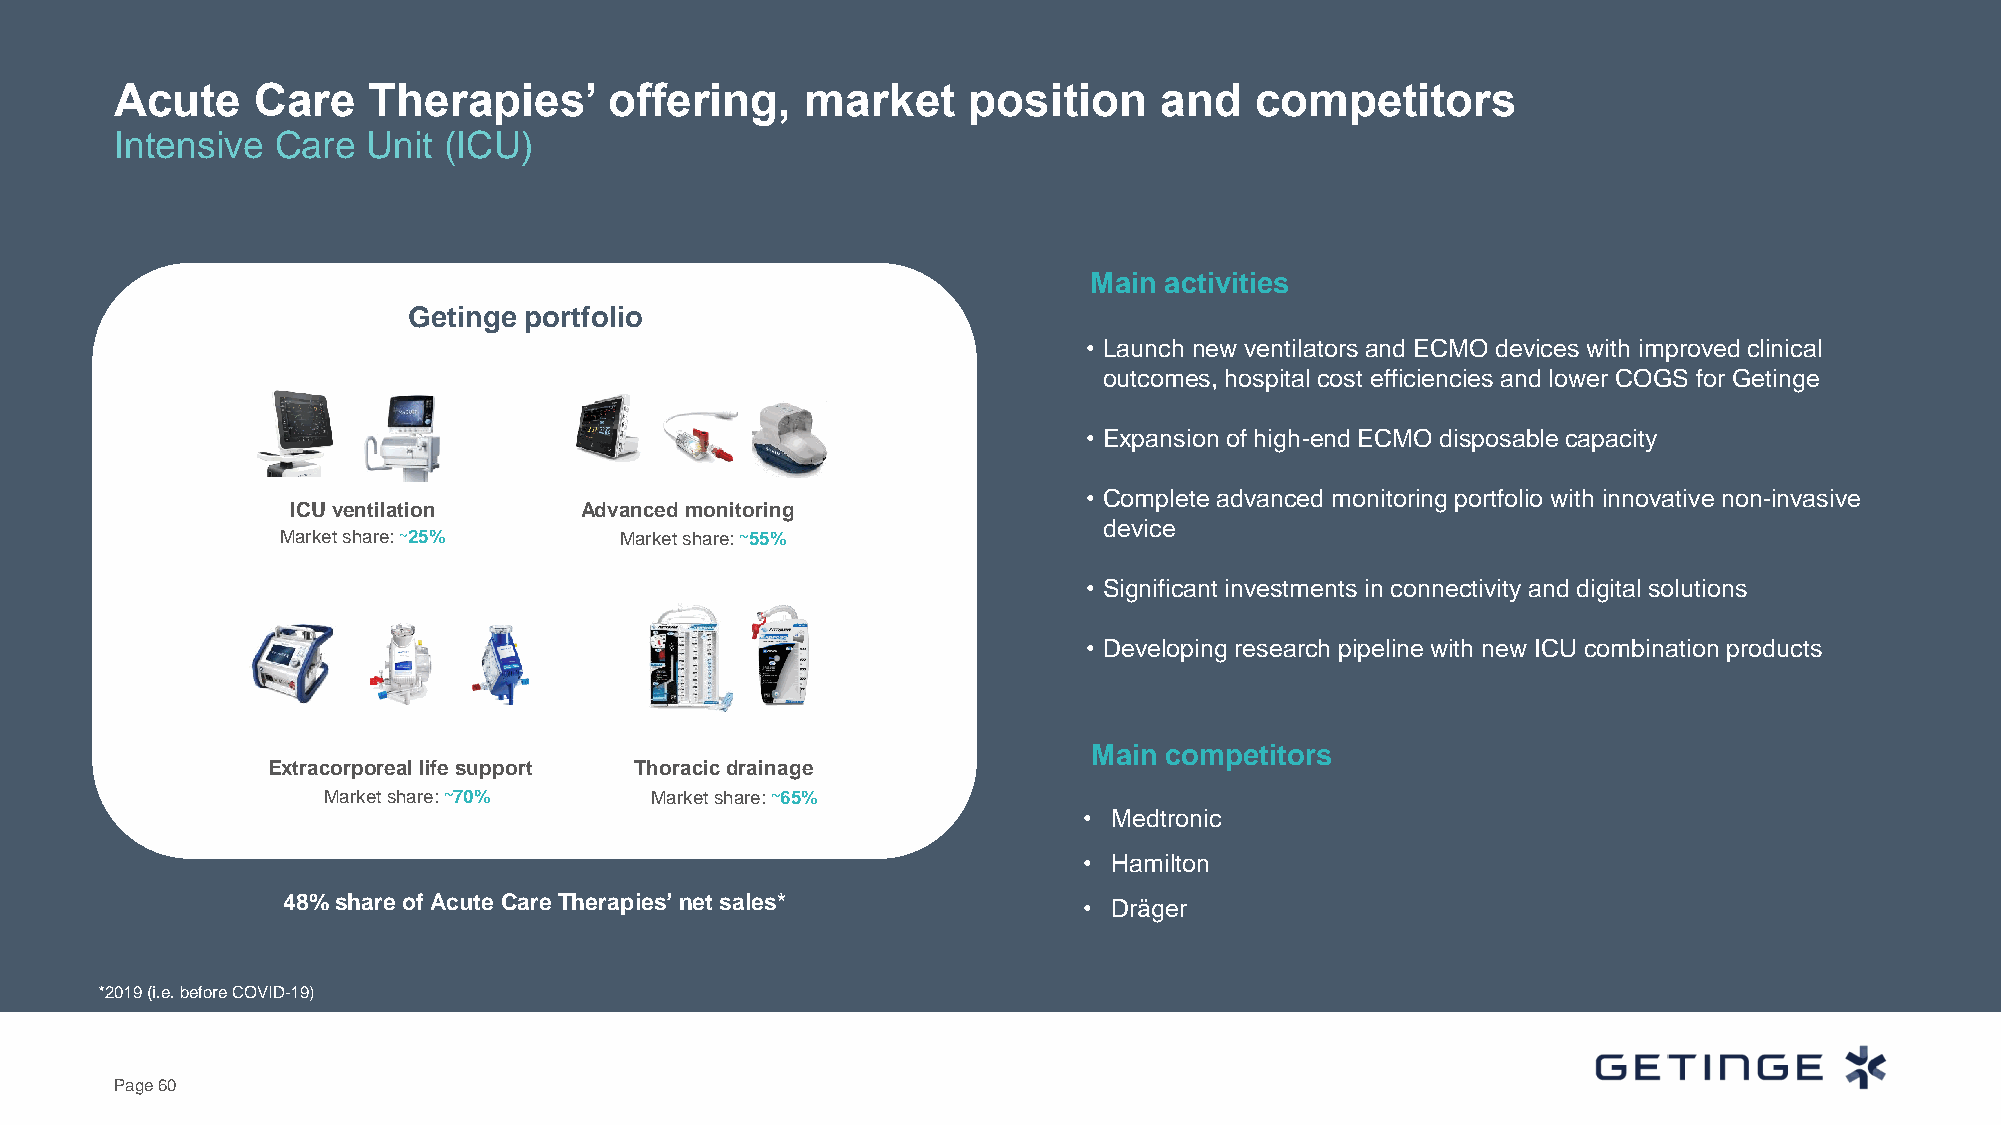
Acute    Care   Therapies’      offering,    market     position     and   competitors
 Intensive Care  Unit (ICU)
 Main activities
 Getinge portfolio
 • Launch new ventilators and ECMO devices with improved clinical
 outcomes, hospital cost efficiencies and lower COGS for Getinge
 • Expansion of high-end ECMO disposable capacity
 ICU VENTILATION
 • Complete advanced monitoring portfolio with innovative non-invasive
 ICU ventilation    Advanced monitoring
 device
 Market share: ~25%    Marketshare: ~55%
 • Significant investments in connectivity and digital solutions
 • Developing research pipeline with new ICU combination products
 Main competitors
 Extracorporeal life support Thoracic drainage
 Market share: ~70%    Market share: ~65%
 • Medtronic
 • Hamilton
 48% share of Acute Care Therapies’ net sales*        • Dräger
 *2019 (i.e. before COVID-19)
 Page 60